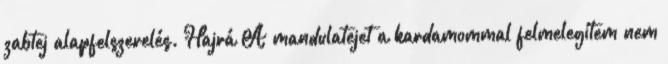
zabtej alapfelszerelés. Hajrá A mandulatejet a kardamommal felmelegítem nem